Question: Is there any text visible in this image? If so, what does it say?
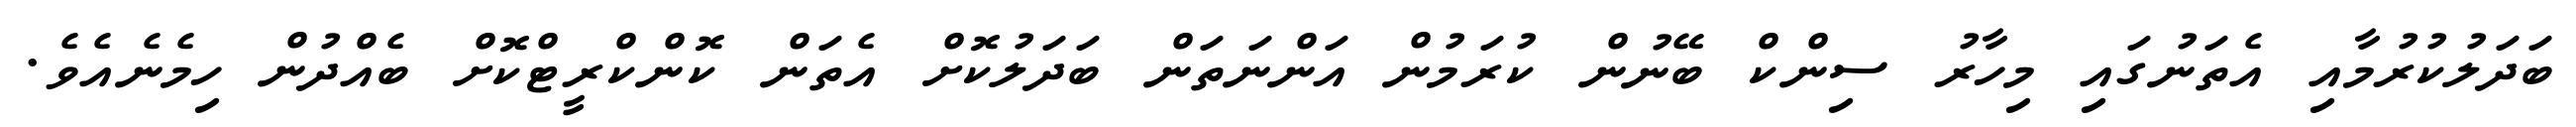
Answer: ބަދަލުކުރުމާއި އެތަނުގައި މިހާރު ސިންކް ބޭނުން ކުރަމުން އަންނަތަން ބަދަލުކޮށް އެތަން ކޮންކްރީޓްކޮށް ބެއްދުން ހިމެނެއެވެ.